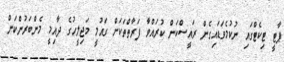
ޕާޓީ ޓިކެޓްގައި ނުކުމެވަޑައިގެން ރައީސްކަން ކުރައްވާ ފަރާތްތަކަށް ގައުމީ މަޖިލީހުގެ ދާއިމީ މެންބަރުންކަން